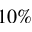
1 0 \%